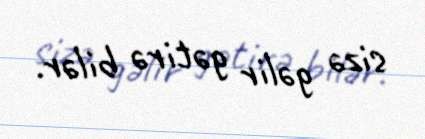
sizə gəlir gətirə bilər.